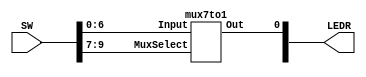
module mux(SW, LEDR);
	input [9:0] SW;
	output [1:0] LEDR;
	
	mux7to1 m0(
		.Input(SW[6:0]),
		.MuxSelect(SW[9:7]),
		.Out(LEDR[0])
	);
endmodule

module mux7to1(Input, MuxSelect, Out);
	input [6:0] Input;
	input [2:0] MuxSelect;
	output Out;
	reg Out;
	
	always @(*)
	begin
		case(MuxSelect)
			3'b000: Out = Input[0];
			3'b001: Out = Input[1];
			3'b010: Out = Input[2];
			3'b011: Out = Input[3];
			3'b100: Out = Input[4];
			3'b101: Out = Input[5];
			3'b110: Out = Input[6];
			default: Out = 1'b0;
		endcase
	end
endmodule